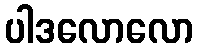
ပါဒလောလော